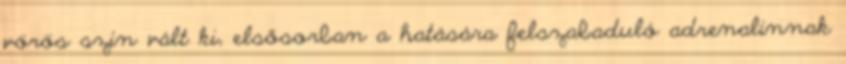
vörös szín vált ki, elsősorban a hatására felszabaduló adrenalinnak